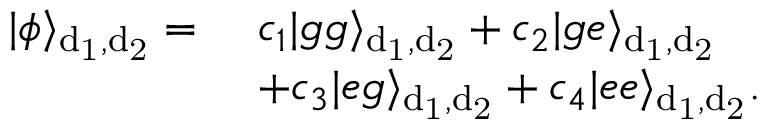
\begin{array} { r l } { | \phi \rangle _ { \mathrm { d _ { 1 } , d _ { 2 } } } = } & { ~ c _ { 1 } | g g \rangle _ { \mathrm { d _ { 1 } , d _ { 2 } } } + c _ { 2 } | g e \rangle _ { \mathrm { d _ { 1 } , d _ { 2 } } } } \\ & { ~ + c _ { 3 } | e g \rangle _ { \mathrm { d _ { 1 } , d _ { 2 } } } + c _ { 4 } | e e \rangle _ { \mathrm { d _ { 1 } , d _ { 2 } } } . } \end{array}